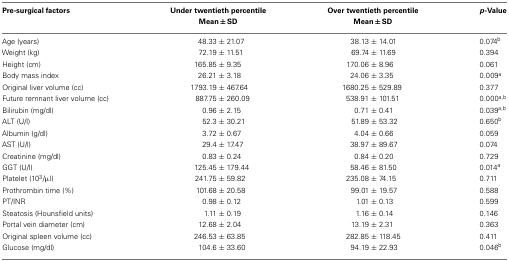
<table><thead><tr><td><b>Pre-surgical factors</b></td><td><b>Under twentieth percentile</b></td><td><b>Over twentieth percentile</b></td><td><b><i>p</i>-Value</b></td></tr><tr><td></td><td><b>Mean ± SD</b></td><td><b>Mean ± SD</b></td><td></td></tr></thead><tbody><tr><td>Age (years)</td><td>48.33 ± 21.07</td><td>38.13 ± 14.01</td><td>0.074<sup>b</sup></td></tr><tr><td>Weight (kg)</td><td>72.19 ± 11.51</td><td>69.74 ± 11.69</td><td>0.394</td></tr><tr><td>Height (cm)</td><td>165.85 ± 9.35</td><td>170.06 ± 8.96</td><td>0.061</td></tr><tr><td>Body mass index</td><td>26.21 ± 3.18</td><td>24.06 ± 3.35</td><td>0.009<sup>a</sup></td></tr><tr><td>Original liver volume (cc)</td><td>1793.19 ± 467.64</td><td>1680.25 ± 529.89</td><td>0.377</td></tr><tr><td>Future remnant liver volume (cc)</td><td>887.75 ± 260.09</td><td>538.91 ± 101.51</td><td>0.000<sup>a</sup><sup>,</sup><sup>b</sup></td></tr><tr><td>Bilirubin (mg/dl)</td><td>0.96 ± 2.15</td><td>0.71 ± 0.41</td><td>0.039<sup>a</sup><sup>,</sup><sup>b</sup></td></tr><tr><td>ALT (U/l)</td><td>52.3 ± 30.21</td><td>51.89 ± 53.32</td><td>0.650<sup>b</sup></td></tr><tr><td>Albumin (g/dl)</td><td>3.72 ± 0.67</td><td>4.04 ± 0.66</td><td>0.059</td></tr><tr><td>AST (U/l)</td><td>29.4 ± 17.47</td><td>38.97 ± 89.67</td><td>0.074</td></tr><tr><td>Creatinine (mg/dl)</td><td>0.83 ± 0.24</td><td>0.84 ± 0.20</td><td>0.729</td></tr><tr><td>GGT (U/l)</td><td>125.45 ± 179.44</td><td>58.46 ± 81.50</td><td>0.014<sup>a</sup></td></tr><tr><td>Platelet (10<sup>3</sup>/μl)</td><td>241.75 ± 59.82</td><td>235.08 ± 74.15</td><td>0.711</td></tr><tr><td>Prothrombin time (%)</td><td>101.68 ± 20.58</td><td>99.01 ± 19.57</td><td>0.588</td></tr><tr><td>PT/INR</td><td>0.98 ± 0.12</td><td>1.01 ± 0.13</td><td>0.599</td></tr><tr><td>Steatosis (Hounsfield units)</td><td>1.11 ± 0.19</td><td>1.16 ± 0.14</td><td>0.146</td></tr><tr><td>Portal vein diameter (cm)</td><td>12.68 ± 2.04</td><td>13.19 ± 2.31</td><td>0.363</td></tr><tr><td>Original spleen volume (cc)</td><td>246.53 ± 63.85</td><td>282.85 ± 118.45</td><td>0.411</td></tr><tr><td>Glucose (mg/dl)</td><td>104.6 ± 33.60</td><td>94.19 ± 22.93</td><td>0.046<sup>b</sup></td></tr></tbody></table>